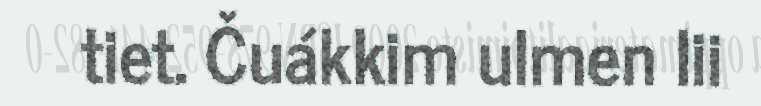
tiet. Čuákkim ulmen lii